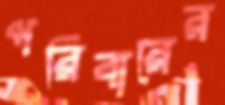
পরিবারের